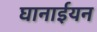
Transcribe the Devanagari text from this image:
घानाईयन